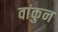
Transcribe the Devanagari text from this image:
वांकुन